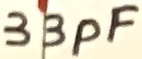
Text: 33pF